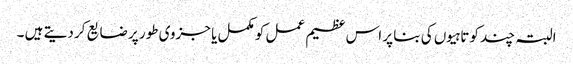
البتہ چند کوتاہیوں کی بنا پر اس عظیم عمل کو مکمل یا جزوی طور پر ضایع کر دیتے ہیں ۔